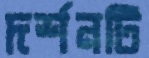
দর্শনটি